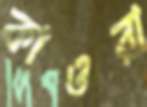
কাওরা